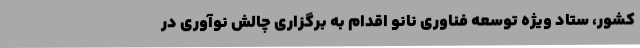
کشور، ستاد ویژه توسعه فناوری نانو اقدام به برگزاری چالش‌ نوآوری در